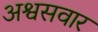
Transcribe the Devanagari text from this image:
अश्वसवार